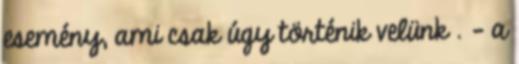
esemény, ami csak úgy történik velünk . – a